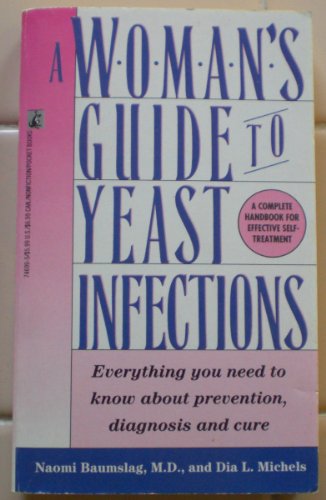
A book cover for A Woman's Guide to Yeast Infections:  Everything You Need to Know About Prevention, Diagnosis and Cure; Naomi Baumslag; Health, Fitness & Dieting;